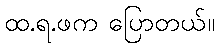
ထ.ရ.ဖက ပြောတယ်။